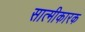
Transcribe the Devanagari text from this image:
सात्मीकारक